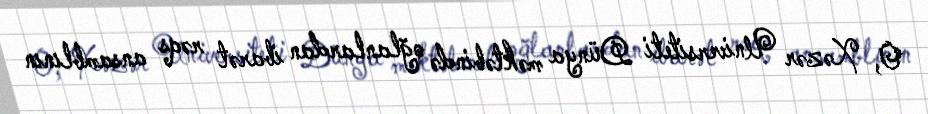
O, Xəzər Universiteti Dünya məktəbində oğlanlardan ibarət rəqs ansamblının